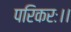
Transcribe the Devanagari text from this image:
परिकरः।।